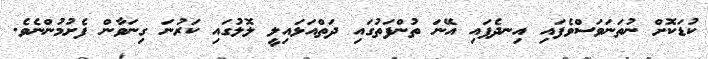
ކުޑަކޮށް ނުތަނަވަސްވެފައި އިނދެފައި އޭނަ ތުންފަތުގައި ދަތްއަޅައިލީ ލޮލުގައި ކަރުނަ ގިނަވާން ފެށުމުންނެވެ.